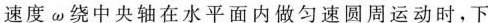
速度\omega绕中央轴在水平面内做匀速圆周运动时，下